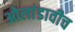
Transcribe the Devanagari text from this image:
ओलांडावीच